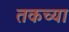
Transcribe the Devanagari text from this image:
तकच्या